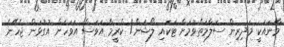
މާނައަކީ މަދިރިން ސަލާމަތްވުމަށް ޓަކައި ލޯޝަން/ ކްރީމް އަވަސް އަވަހަށް އުގުޅަން ޖެހޭނެ